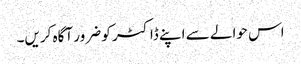
اس حوالے سے اپنے ڈاکٹر کو ضرور آگاہ کریں۔